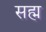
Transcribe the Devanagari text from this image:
सह्म